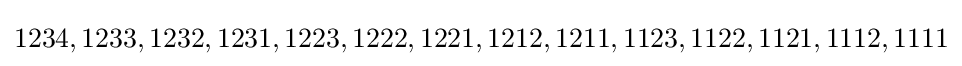
1234,1233,1232,1231,1223,1222,1221,1212,1211,1123,1122,1121,1112,1111